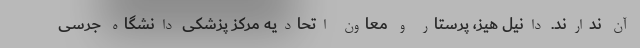
آن ندارند. دانیل هیز، پرستار و معاون اتحادیه مرکز پزشکی دانشگاه جرسی